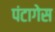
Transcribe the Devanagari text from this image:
पंटागेस